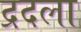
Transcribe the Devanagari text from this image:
द्रदला